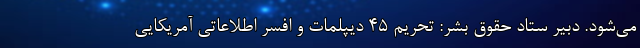
می‌شود. دبیر ستاد حقوق بشر: تحریم 45 دیپلمات و افسر اطلاعاتی آمریکایی